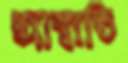
আম্বাতি